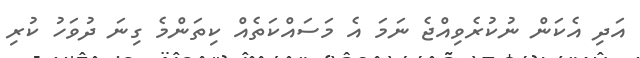
އަދި އެކަން ނުކުރެވިއްޖެ ނަމަ އެ މަސައްކަތެއް ކިތަންމެ ގިނަ ދުވަހު ކުރި